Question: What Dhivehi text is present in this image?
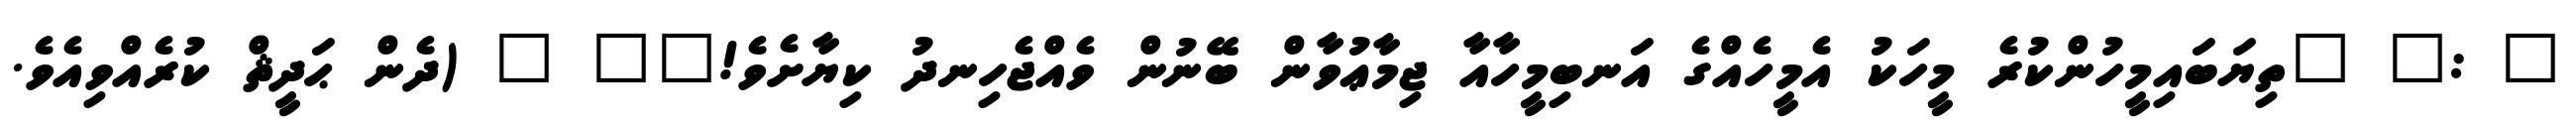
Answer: " :" "ތިޔަބައިމީހުންކުރެ މީހަކު އެމީހެއްގެ އަނބިމީހާއާ ޖިމާޢުވާން ބޭނުން ވެއްޖެހިނދު ކިޔާށެވެ!"" " (ދެން ޙަދީޘް ކުރެއްވިއެވެ.